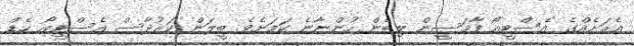
އެރަށެއްގެ އެސްޓީއޯ ފާމަސީން ލިބެން ހުންނާނެ ކަމަށެވެ. ބީލަން ކަރުދާސް އެސްޓީއޯ ހެޑް